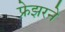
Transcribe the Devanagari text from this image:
फ्रेझरने